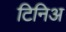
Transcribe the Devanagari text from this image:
टिनिअ